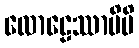
လောဠေဿာမိပိ